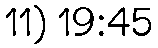
11) 19:45